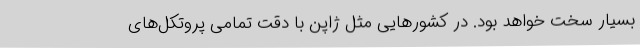
بسیار سخت خواهد بود. در کشورهایی مثل ژاپن با دقت تمامی پروتکل‌های